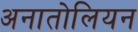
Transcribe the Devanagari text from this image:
अनातोलियन